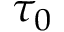
\tau _ { 0 }